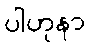
ပါဟုနာ